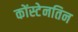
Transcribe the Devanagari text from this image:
कोंस्टेनतिन